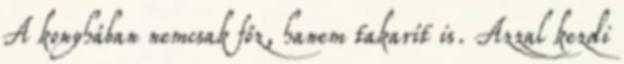
A konyhában nemcsak főz, hanem takarít is. Azzal kezdi